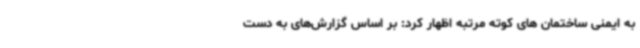
به ایمنی ساختمان های کوته مرتبه اظهار کرد: بر اساس گزارش‌های به دست